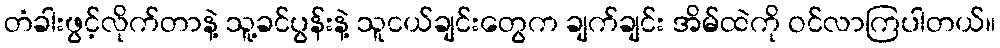
တံခါးဖွင့်လိုက်တာနဲ့ သူ့ခင်ပွန်းနဲ့ သူငယ်ချင်းတွေက ချက်ချင်း အိမ်ထဲကို ဝင်လာကြပါတယ်။